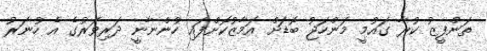
ތަންފީޒު ކުރާ ގައުމީ މަންހަޖު ބޮޑަށް އަމާޒުކޮށްފައި ހުންނާނީ ދަރިވަރުގެ އެ ހުނަރު